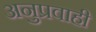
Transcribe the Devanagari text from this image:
अनुप्रवाही